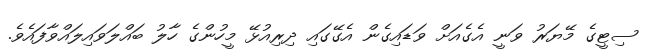
ސިޓީގެ މޭޔަރު ވަނީ އެގެއަށް ވަޑައިގެން އެގޭގައި ދިރިއުޅޭ މީހުންގެ ހާލު ބައްލަވައިލައްވާފައެވެ.